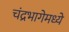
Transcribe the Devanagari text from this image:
चंद्रभागेमध्ये